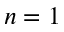
n = 1